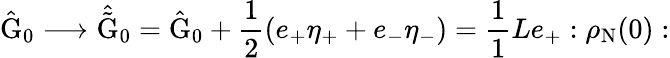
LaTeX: \hat{\mathrm{G}}_{0}\longrightarrow\hat{\tilde{\mathrm{G}}}_{0}=\hat{\mathrm{G}}_{0}+\frac{1}{2}(e_{+}{\eta}_{+}+e_{-}{\eta}_{-})=\frac{1}{1}{L}e_{+}:\rho_{\mathrm{N}}(0):